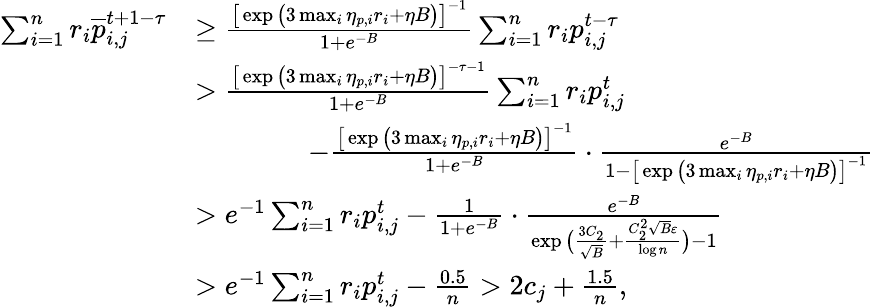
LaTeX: \begin{array}{rl}{\sum_{i=1}^{n}r_{i}\overline{{p}}_{i,j}^{t+1-\tau}}&{\geq\frac{\big[\exp\big(3\operatorname*{max}_{i}\eta_{p,i}r_{i}+\eta B\big)\big]^{-1}}{1+e^{-B}}\sum_{i=1}^{n}r_{i}p_{i,j}^{t-\tau}}\\ &{>\frac{\big[\exp\big(3\operatorname*{max}_{i}\eta_{p,i}r_{i}+\eta B\big)\big]^{-\tau-1}}{1+e^{-B}}\sum_{i=1}^{n}r_{i}p_{i,j}^{t}}\\ &{\qquad\qquad-\frac{\big[\exp\big(3\operatorname*{max}_{i}\eta_{p,i}r_{i}+\eta B\big)\big]^{-1}}{1+e^{-B}}\cdot\frac{e^{-B}}{1-\big[\exp\big(3\operatorname*{max}_{i}\eta_{p,i}r_{i}+\eta B\big)\big]^{-1}}}\\ &{>e^{-1}\sum_{i=1}^{n}r_{i}p_{i,j}^{t}-\frac{1}{1+e^{-B}}\cdot\frac{e^{-B}}{\exp\big(\frac{3C_{2}}{\sqrt{B}}+\frac{C_{2}^{2}\sqrt{B}\varepsilon}{\log n}\big)-1}}\\ &{>e^{-1}\sum_{i=1}^{n}r_{i}p_{i,j}^{t}-\frac{0.5}{n}>2c_{j}+\frac{1.5}{n},}\end{array}